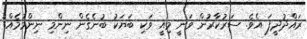
ރައްދުދީފަ އެވެ. ސަރުކާރުން ވަނީ މިއީ ވަކި ބަޔަކު ބުނެގެން ނިންމި ނިންމުމެއް